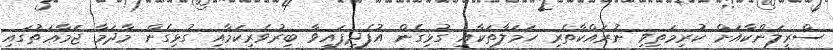
ސްރީލަންކާއަށް ކުރިމަތިިވި ނުރައްކާތެރި ހަމަލާތަކާއި ގުޅިގެން އުފެދިފައިވާ ބިރުވެރިކަމާއި ގުޅިގެން މާދަމާ ޖަމާޢަތުގައި